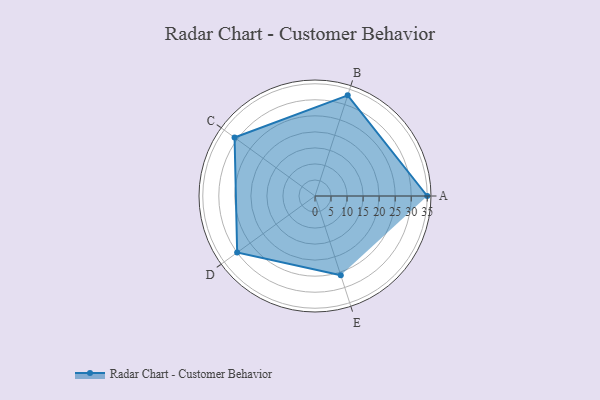
{"axis": {"x": "Skill", "y": "Score"}, "legend": ["Profile"], "data": [{"x": "A", "y": 35.0, "type": "Profile"}, {"x": "B", "y": 33.0, "type": "Profile"}, {"x": "C", "y": 31.0, "type": "Profile"}, {"x": "D", "y": 30.0, "type": "Profile"}, {"x": "E", "y": 26.0, "type": "Profile"}]}